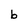
Character: b